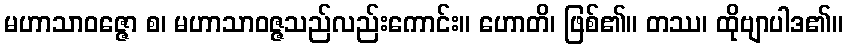
မဟာသာဝဇ္ဇော စ၊ မဟာသာဝဇ္ဇသည်လည်းကောင်း။ ဟောတိ၊ ဖြစ်၏။ တဿ၊ ထိုဗျာပါဒ၏။